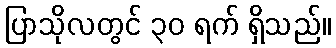
ပြာသိုလတွင် ၃၀ ရက် ရှိသည်။